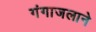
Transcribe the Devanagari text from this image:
गंगाजलाने